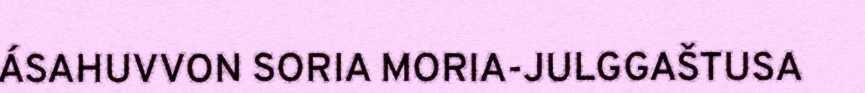
ÁSAHUVVON SORIA MORIA-JULGGAŠTUSA